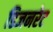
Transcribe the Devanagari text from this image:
डिजनरेट